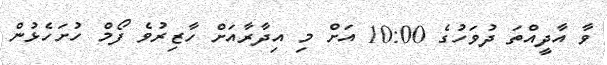
ވާ އާދީއްތަ ދުވަހުގެ 10:00 އަށް މި އިދާރާއަށް ހާޒިރުވެ ފޯމް ހުށަހެޅުން